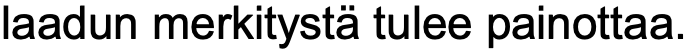
laadun merkitystä tulee painottaa.